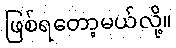
ဖြစ်ရတော့မယ်လို့။